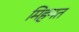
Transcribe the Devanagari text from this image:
मिहनत